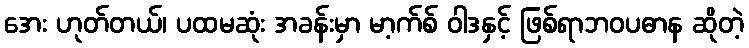
အေး ဟုတ်တယ်၊ ပထမဆုံး အခန်းမှာ မာ့က်စ် ဝါဒနှင့် ဖြစ်ရာဘဝပဓာန ဆိုတဲ့